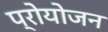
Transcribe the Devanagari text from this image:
प्रोयोजन